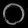
Digit: ၀